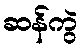
ဆန်ကွဲ